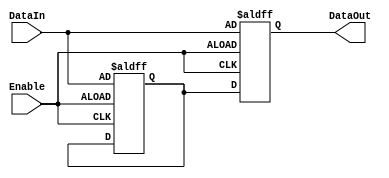
module Disable (
    input wire Enable,          // Control signal
    input wire [N-1:0] DataIn, // Input data (example width N)
    output reg [N-1:0] DataOut  // Output data (example width N)
);
    parameter N = 8; // Define the width of the data signals

    // Internal register to hold the last valid output value
    reg [N-1:0] last_valid_output;

    always @(posedge Enable or negedge Enable) begin
        if (Enable) begin
            // When enabled, update the output with input data
            DataOut <= DataIn;
            last_valid_output <= DataIn; // Store the last valid output
        end else begin
            // When disabled, hold the last valid output
            DataOut <= last_valid_output; // Maintain the last output value
        end
    end

endmodule